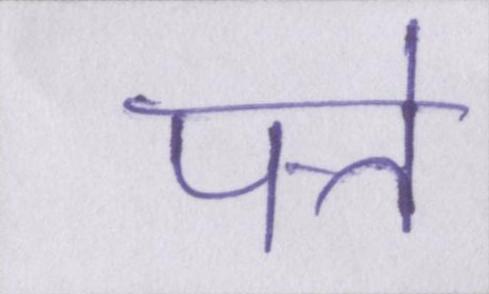
पत्ते